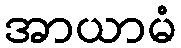
အာယာမံ